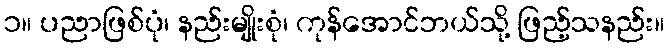
၁။ ပညာဖြစ်ပုံ၊ နည်းမျိုးစုံ၊ ကုန်အောင်ဘယ်သို့ ဖြည့်သနည်း။